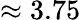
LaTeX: \approx 3.75